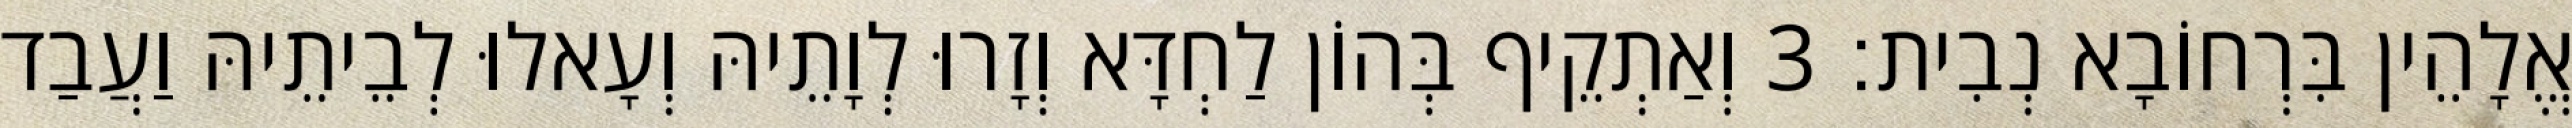
אֱלָהֵין בִּרְחוֹבָא נְבִית׃ 3 וְאַתְקֵיף בְּהוֹן לַחְדָּא וְזָרוּ לְוָתֵיהּ וְעָאלוּ לְבֵיתֵיהּ וַעֲבַד